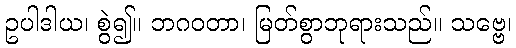
ဥပါဒါယ၊ စွဲ၍။ ဘဂဝတာ၊ မြတ်စွာဘုရားသည်။ သဗ္ဗေ၊